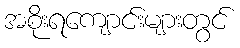
အစိုးရကျောင်းများတွင်